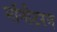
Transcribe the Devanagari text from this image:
मॉनीटरन